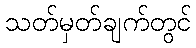
သတ်မှတ်ချက်တွင်